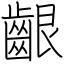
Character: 齦